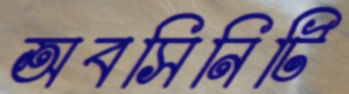
অবসিনিটি